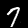
Digit: 7